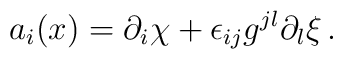
a_i(x)  =  \partial_i \chi +\epsilon_{ij} g^{jl} \partial_l \xi\,.